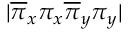
| \overline { { \pi } } _ { x } \pi _ { x } \overline { { \pi } } _ { y } \pi _ { y } |